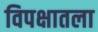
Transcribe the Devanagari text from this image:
विपक्षातला